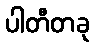
ပါတီတခု